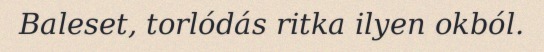
Baleset, torlódás ritka ilyen okból.